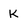
Character: K